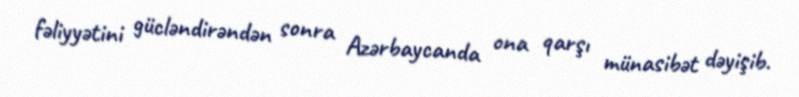
fəliyyətini gücləndirəndən sonra Azərbaycanda ona qarşı münasibət dəyişib.